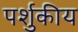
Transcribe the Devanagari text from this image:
पर्शुकीय